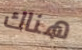
هناك